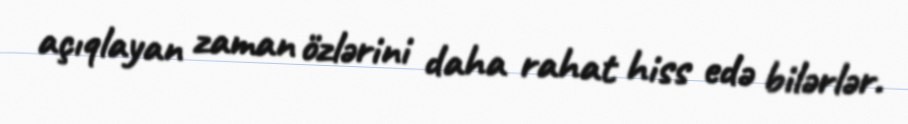
açıqlayan zaman özlərini daha rahat hiss edə bilərlər.